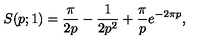
S ( p ; 1 ) = \frac { \pi } { 2 p } - \frac { 1 } { 2 p ^ { 2 } } + \frac { \pi } { p } e ^ { - 2 \pi p } ,